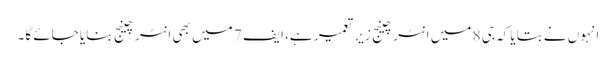
انہوں نے بتایا کہ جی 8 میں انٹرچینج زیر تعمیر ہے، ایف 7 میں بھی انٹرچینج بنایا جائے گا۔